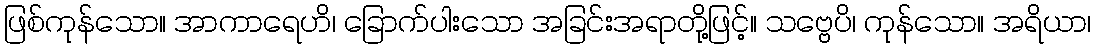
ဖြစ်ကုန်သော။ အာကာရေဟိ၊ ခြောက်ပါးသော အခြင်းအရာတို့ဖြင့်။ သဗ္ဗေပိ၊ ကုန်သော။ အရိယာ၊